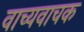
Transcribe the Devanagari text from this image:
वाच्यवाचक